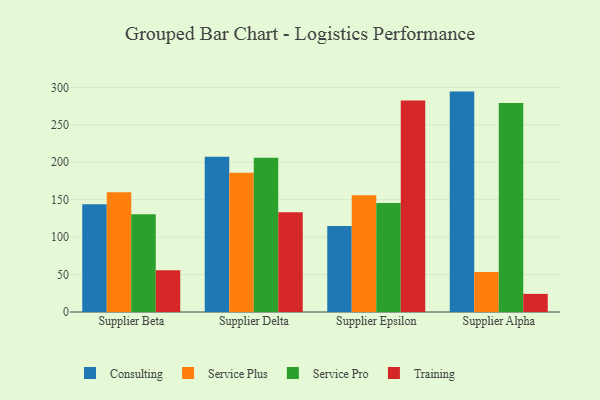
{"axis": {"x": "Supplier", "y": "Page Views"}, "legend": ["Consulting", "Service Plus", "Service Pro", "Training"], "data": [{"x": "Supplier Beta", "y": 144.0, "type": "Consulting"}, {"x": "Supplier Beta", "y": 160.0, "type": "Service Plus"}, {"x": "Supplier Beta", "y": 130.5, "type": "Service Pro"}, {"x": "Supplier Beta", "y": 55.8, "type": "Training"}, {"x": "Supplier Delta", "y": 207.4, "type": "Consulting"}, {"x": "Supplier Delta", "y": 186.1, "type": "Service Plus"}, {"x": "Supplier Delta", "y": 206.0, "type": "Service Pro"}, {"x": "Supplier Delta", "y": 133.1, "type": "Training"}, {"x": "Supplier Epsilon", "y": 115.0, "type": "Consulting"}, {"x": "Supplier Epsilon", "y": 155.8, "type": "Service Plus"}, {"x": "Supplier Epsilon", "y": 145.4, "type": "Service Pro"}, {"x": "Supplier Epsilon", "y": 282.4, "type": "Training"}, {"x": "Supplier Alpha", "y": 294.3, "type": "Consulting"}, {"x": "Supplier Alpha", "y": 53.4, "type": "Service Plus"}, {"x": "Supplier Alpha", "y": 279.0, "type": "Service Pro"}, {"x": "Supplier Alpha", "y": 24.2, "type": "Training"}]}